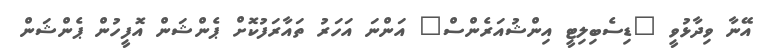
އޭނާ ވިދާޅުވީ "ޑިސެބިލިޓީ އިންޝުއަރެންސް" އަންނަ އަހަރު ތައާރަފުކޮށް ޕެންޝަން އޮފީހުން ޕެންޝަން